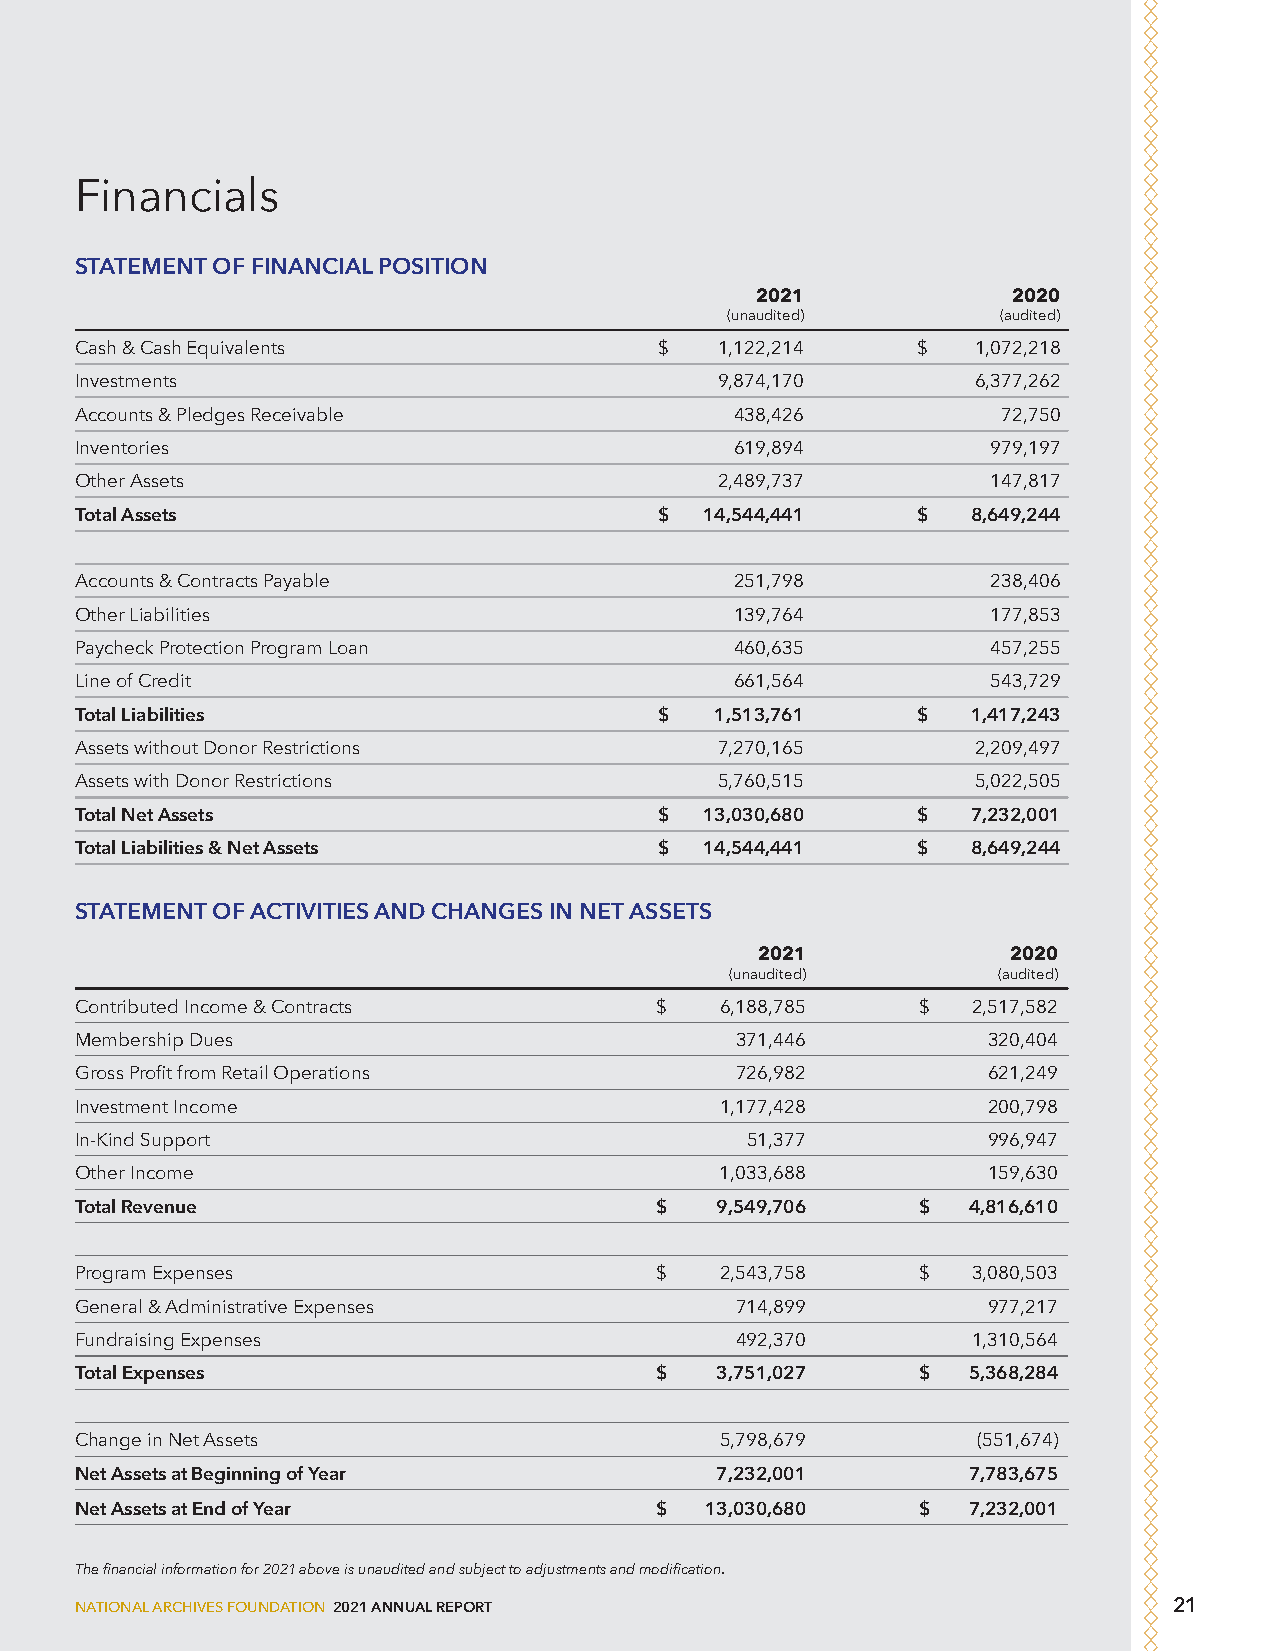
Financials
 STATEMENT OF FINANCIAL POSITION
 2021             2020
 (unaudited)       (audited)
 Cash & Cash Equivalents                $   1,122,214    $   1,072,218
 Investments                                9,874,170        6,377,262
 Accounts & Pledges Receivable               438,426          72,750
 Inventories                                 619,894          979,197
 Other Assets                               2,489,737         147,817
 Total Assets                           $  14,544,441    $  8,649,244
 Accounts & Contracts Payable                251,798          238,406
 Other Liabilities                           139,764          177,853
 Paycheck Protection Program Loan            460,635          457,255
 Line of Credit                              661,564          543,729
 Total Liabilities                      $  1,513,761     $  1,417,243
 Assets without Donor Restrictions          7,270,165        2,209,497
 Assets with Donor Restrictions             5,760,515        5,022,505
 Total Net Assets                       $  13,030,680    $  7,232,001
 Total Liabilities & Net Assets         $  14,544,441    $  8,649,244
 STATEMENT OF ACTIVITIES AND CHANGES IN NET ASSETS
 2021             2020
 (unaudited)       (audited)
 Contributed Income & Contracts        $    6,188,785    $  2,517,582
 Membership Dues                             371,446         320,404
 Gross Profit from Retail Operations         726,982         621,249
 Investment Income                          1,177,428        200,798
 In-Kind Support                             51,377          996,947
 Other Income                               1,033,688        159,630
 Total Revenue                         $   9,549,706     $  4,816,610
 Program Expenses                      $    2,543,758    $  3,080,503
 General & Administrative Expenses           714,899         977,217
 Fundraising Expenses                        492,370        1,310,564
 Total Expenses                        $   3,751,027     $  5,368,284
 Change in Net Assets                       5,798,679        (551,674)
 Net Assets at Beginning of Year           7,232,001        7,783,675
 Net Assets at End of Year             $   13,030,680    $  7,232,001
 The financial information for 2021 above is unaudited and subject to adjustments and modification.
 NATIONAL ARCHIVES FOUNDATION 2021 ANNUAL REPORT                          21